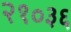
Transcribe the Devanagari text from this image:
२१०३६